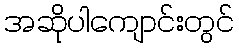
အဆိုပါကျောင်းတွင်